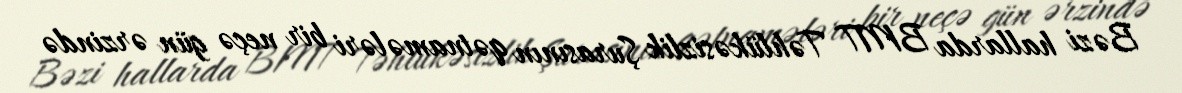
Bəzi hallarda BMT Təhlükəsizlik Şurasının qətnamələri bir neçə gün ərzində